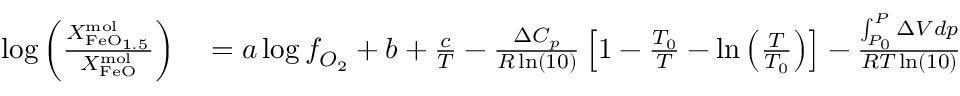
\begin{array} { r l } { \log \left( \frac { X _ { \mathrm { F e O } _ { 1 . 5 } } ^ { \mathrm { m o l } } } { X _ { \mathrm { F e O } } ^ { \mathrm { m o l } } } \right) } & { { } = a \log f _ { O _ { 2 } } + b + \frac { c } { T } - \frac { \Delta C _ { p } } { R \ln ( 1 0 ) } \left[ 1 - \frac { T _ { 0 } } { T } - \ln \left( \frac { T } { T _ { 0 } } \right) \right] - \frac { \int _ { P _ { 0 } } ^ { P } \Delta V d p } { R T \ln ( 1 0 ) } } \end{array}